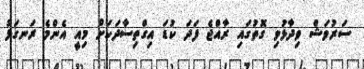
ސަރުވަޝް ވިދާޅުވި ގޮތުގައި ރާއްޖެ ފަދަ ކުޑަ އިގްތިސާދަކަށް މިއީ އެންމެ ރަނގަޅު